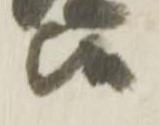
候